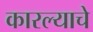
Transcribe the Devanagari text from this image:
कारल्याचे